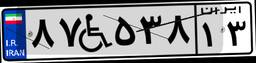
۸۷W۵۳۸۱۳